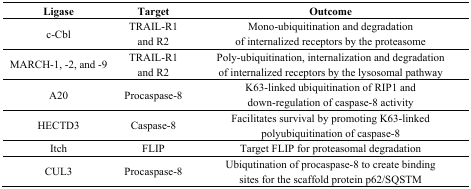
| Ligase | Target | Outcome |
 | --- | --- | --- |
 | c-Cbl | TRAIL-R1 and R2 | Mono-ubiquitination and degradation of internalized receptors by the proteasome |
 | MARCH-1, -2, and -9 | TRAIL-R1 and R2 | Poly-ubiquitination, internalization and degradation of internalized receptors by the lysosomal pathway |
 | A20 | Procaspase-8 | K63-linked ubiquitination of RIP1 and down-regulation of caspase-8 activity |
 | HECTD3 | Caspase-8 | Facilitates survival by promoting K63-linked polyubiquitination of caspase-8 |
 | Itch | FLIP | Target FLIP for proteasomal degradation |
 | CUL3 | Procaspase-8 | Ubiqutination of procaspase-8 to create binding sites for the scaffold protein p62/SQSTM |